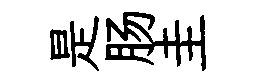
是肠圭